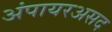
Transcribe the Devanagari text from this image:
अंपायरअसद